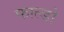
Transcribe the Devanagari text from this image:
फाल्डो